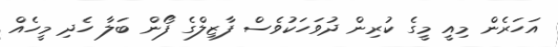
އަހަރެން މިއީ މީގެ ކުރިން ދުވަހަކުވެސް ފާޒިލްގެ ފޯން ބަލާ ހެދި މީހެއް